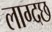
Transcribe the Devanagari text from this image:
लाग्दछ